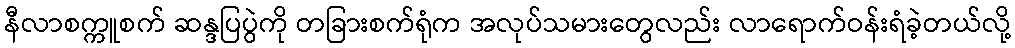
နီလာစက္ကူစက် ဆန္ဒပြပွဲကို တခြားစက်ရုံက အလုပ်သမားတွေလည်း လာရောက်ဝန်းရံခဲ့တယ်လို့